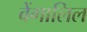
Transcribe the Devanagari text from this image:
वेंगालिल